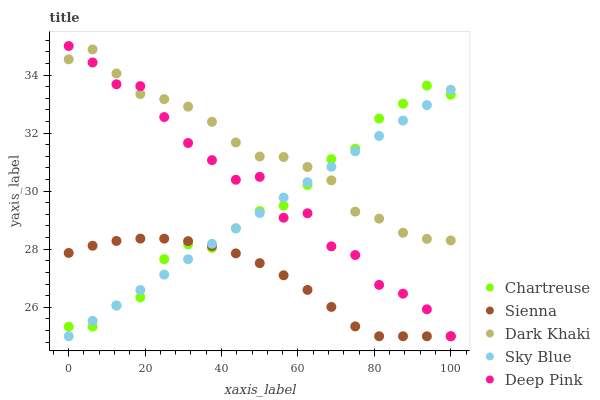
| xaxis_label | Chartreuse | Sienna | Dark Khaki | Sky Blue | Deep Pink |
 | --- | --- | --- | --- | --- | --- |
 | 0 | 25.3 | 27.9 | 34.5 | 25 | 35 |
 | 6.25 | 25.3 | 28.1 | 34.9 | 25.5 | 34.4 |
 | 12.5 | 26.1 | 28.3 | 34.1 | 26.1 | 33.7 |
 | 18.8 | 26.3 | 28.4 | 33.3 | 26.6 | 33.6 |
 | 25 | 27.7 | 28.4 | 33.2 | 27.1 | 32.6 |
 | 31.2 | 28.2 | 28.3 | 32.9 | 27.7 | 31.7 |
 | 37.5 | 28 | 28.1 | 32.4 | 28.2 | 31.1 |
 | 43.8 | 28.7 | 27.9 | 31.7 | 28.7 | 30.4 |
 | 50 | 29.3 | 27.5 | 31.2 | 29.2 | 30.5 |
 | 56.2 | 29.5 | 27.1 | 31.2 | 29.8 | 29.1 |
 | 62.5 | 30.2 | 26.6 | 30.8 | 30.3 | 29.2 |
 | 68.8 | 31.1 | 26 | 30.4 | 30.8 | 28.1 |
 | 75 | 31.5 | 25.3 | 29.3 | 31.4 | 27.8 |
 | 81.2 | 32.5 | 25 | 29.1 | 31.9 | 26.8 |
 | 87.5 | 33 | 25 | 28.6 | 32.4 | 26.5 |
 | 93.8 | 33.6 | 25 | 28.4 | 33 | 25.9 |
 | 100 | 33.3 | 25 | 28.3 | 33.5 | 25 |